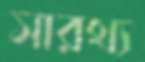
সারথ্য